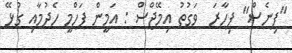
"ފިނެސް" ފިހާރަ  ވަގުތު އިމޭޖްސް : އަމީން ފަހްމީ ހެދުމާއި ގުޅޭ